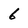
Character: 6